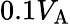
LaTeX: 0.1V_{\mathrm{A}}